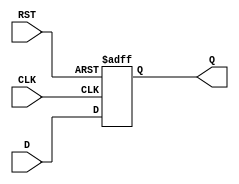
module StageRegister #(
    parameter WIDTH = 8  // Parameter to define the width of the data bus
)(
    input  wire [WIDTH-1:0] D,    // Data input
    input  wire CLK,                // Clock input
    input  wire RST,                // Reset input
    output reg  [WIDTH-1:0] Q       // Data output
);

// Asynchronous reset and synchronous data capture
always @(posedge CLK or posedge RST) begin
    if (RST) begin
        Q <= {WIDTH{1'b0}};          // Clear the register (set to zero)
    end else begin
        Q <= D;                     // Capture data on the rising edge of the clock
    end
end

endmodule